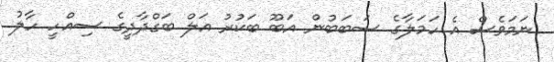
ނަމަވެސް އެ ހަމަލާގެ ސަބަބުން އަބޫ ބަކުރު އަލް ބަގްދާދީގެ ސިއްހީ ހާލު